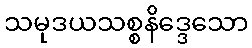
သမုဒယသစ္စနိဒ္ဒေသော